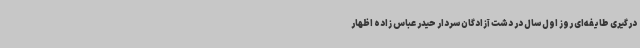
درگیری طایفه‌ای روز اول سال در دشت آزادگان سردار حیدر عباس زاده اظهار